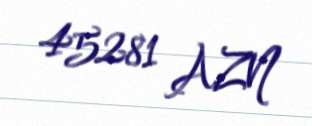
45281 AZN